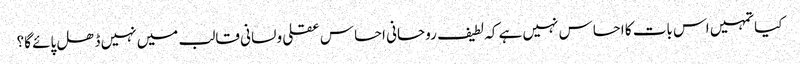
کیا تمہیں اس بات کا احساس نہیں ہے کہ لطیف روحانی احساس عقلی و لسانی قالب میں نہیں ڈھل پائے گا؟